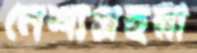
নৈশ্যপ্রহরী